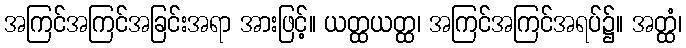
အကြင်အကြင်အခြင်းအရာ အားဖြင့်။ ယတ္ထယတ္ထ၊ အကြင်အကြင်အရပ်၌။ အတ္ထံ၊